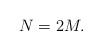
LaTeX: \begin{align*}N=2 M. \end{align*}